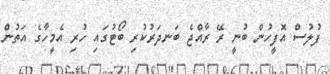
ފުލުސް އޮފީހުން ބުނީ ރޭ ރާއްޖެ ބަނދަރުކުރި ބޯޓުގައި ހުރި އެމީހާގެ އަތުން